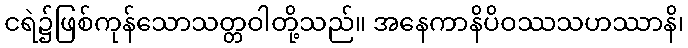
ငရဲ၌ဖြစ်ကုန်သောသတ္တဝါတို့သည်။ အနေကာနိပိဝဿသဟဿာနိ၊